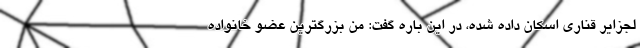
لجزایر قناری اسکان داده شده، در این باره گفت: من بزرگترین عضو خانواده